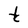
Character: t